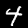
Digit: 4